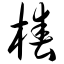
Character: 桩